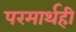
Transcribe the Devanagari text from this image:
परमार्थही